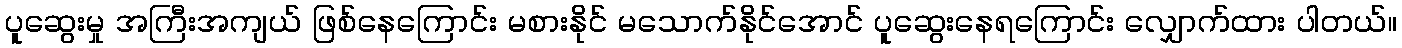
ပူဆွေးမှု အကြီးအကျယ် ဖြစ်နေကြောင်း မစားနိုင် မသောက်နိုင်အောင် ပူဆွေးနေရကြောင်း လျှောက်ထား ပါတယ်။